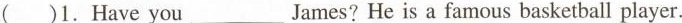
( )1.Have you___James?He is a famous basketball player.